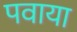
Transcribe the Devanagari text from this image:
पवाया